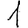
Digit: 1